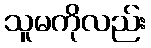
သူမကိုလည်း